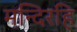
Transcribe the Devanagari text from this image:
मन्दिरहि